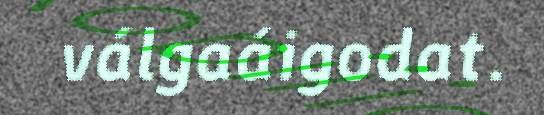
válgaáigodat.